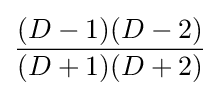
{(D-1)(D-2) \over {(D+1)(D+2)}}